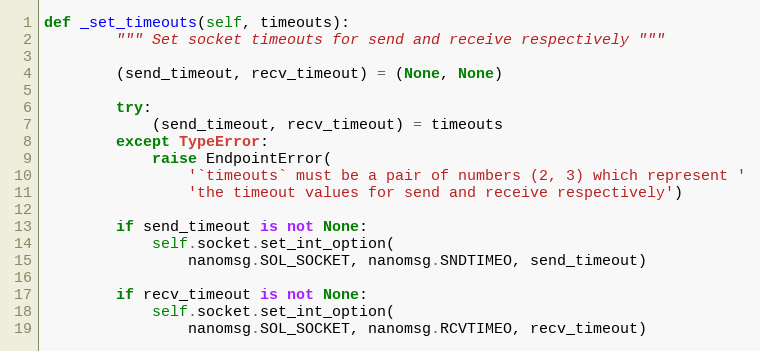
Language: Python
def _set_timeouts(self, timeouts):
        """ Set socket timeouts for send and receive respectively """

        (send_timeout, recv_timeout) = (None, None)

        try:
            (send_timeout, recv_timeout) = timeouts
        except TypeError:
            raise EndpointError(
                '`timeouts` must be a pair of numbers (2, 3) which represent '
                'the timeout values for send and receive respectively')

        if send_timeout is not None:
            self.socket.set_int_option(
                nanomsg.SOL_SOCKET, nanomsg.SNDTIMEO, send_timeout)

        if recv_timeout is not None:
            self.socket.set_int_option(
                nanomsg.SOL_SOCKET, nanomsg.RCVTIMEO, recv_timeout)